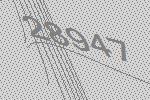
28947